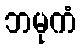
ဘမုကံ